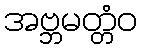
အဗ္ဘမတ္တံဝ